38_143685_box_Incident_Summaries_101-172
Agency: Department of War
Page 151
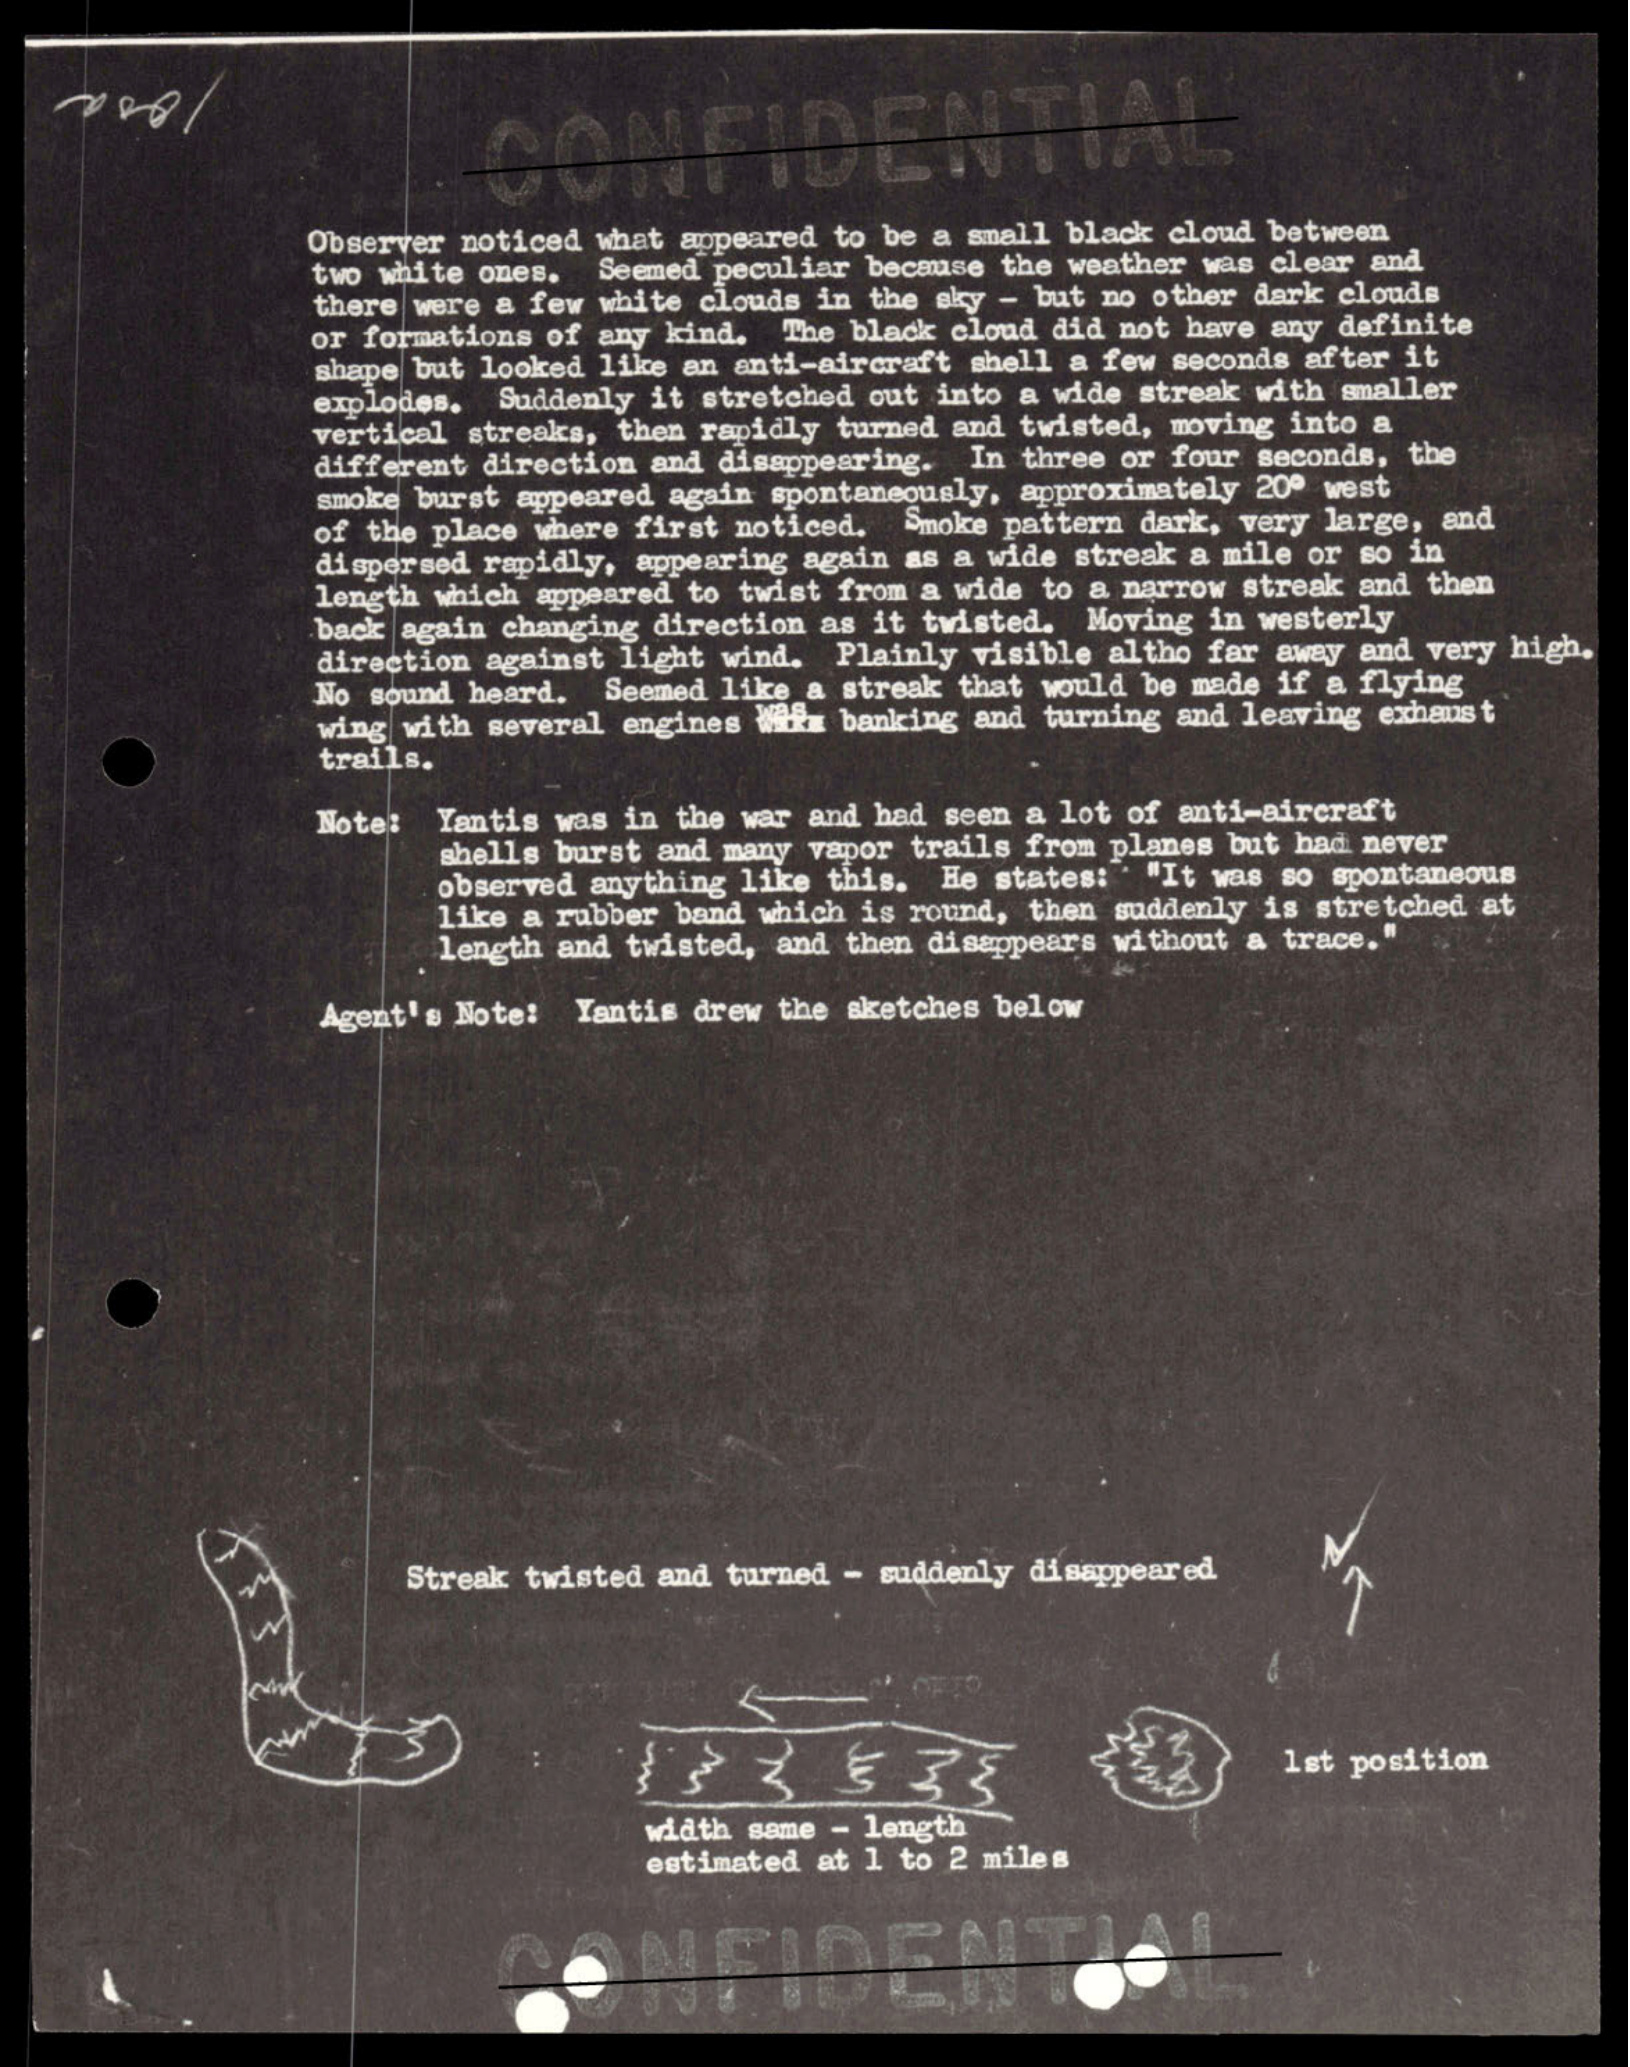